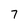
Character: 7